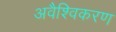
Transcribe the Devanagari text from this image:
अवैश्विकरण